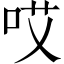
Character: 哎